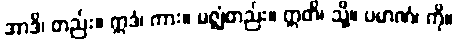
အာဒိ၊ တည်း။ ဣဒံ၊ ကား။ မဇ္ဈံတည်း။ ဣတိ၊ သို့။ ပမာဏံ၊ ကို။